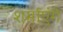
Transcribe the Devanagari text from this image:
शर्माएंगे